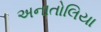
અનાતોલિયા